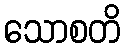
သောစတိ